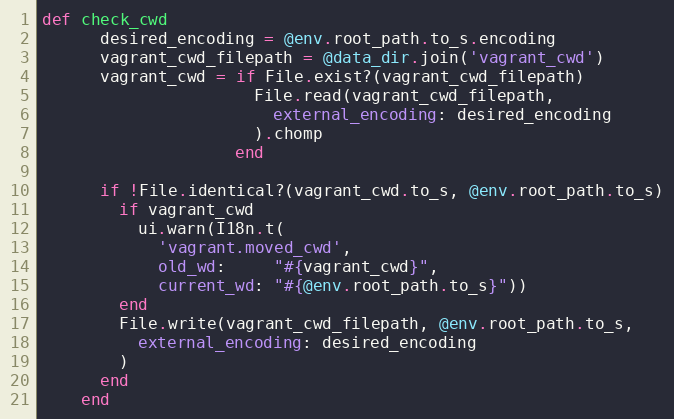
Language: Ruby
def check_cwd
      desired_encoding = @env.root_path.to_s.encoding
      vagrant_cwd_filepath = @data_dir.join('vagrant_cwd')
      vagrant_cwd = if File.exist?(vagrant_cwd_filepath)
                      File.read(vagrant_cwd_filepath,
                        external_encoding: desired_encoding
                      ).chomp
                    end

      if !File.identical?(vagrant_cwd.to_s, @env.root_path.to_s)
        if vagrant_cwd
          ui.warn(I18n.t(
            'vagrant.moved_cwd',
            old_wd:     "#{vagrant_cwd}",
            current_wd: "#{@env.root_path.to_s}"))
        end
        File.write(vagrant_cwd_filepath, @env.root_path.to_s,
          external_encoding: desired_encoding
        )
      end
    end